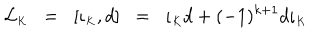
LaTeX: { \cal L } _ { \scriptscriptstyle K } \; \; = \; \; [ \iota _ { \scriptscriptstyle K } , d ] \; \; = \; \; \iota _ { \scriptscriptstyle K } d + ( - 1 ) ^ { k + 1 } d \iota _ { \scriptscriptstyle K }